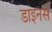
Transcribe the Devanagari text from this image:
डाइनर्स